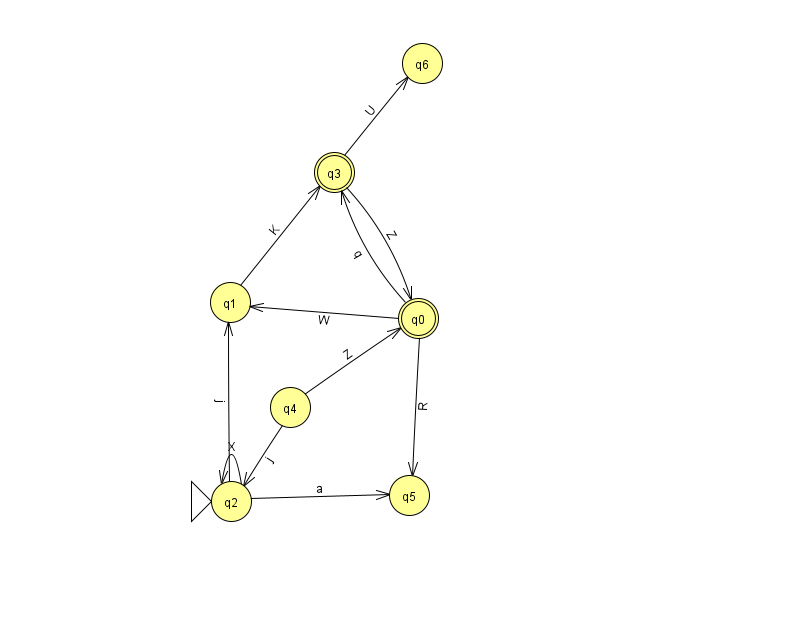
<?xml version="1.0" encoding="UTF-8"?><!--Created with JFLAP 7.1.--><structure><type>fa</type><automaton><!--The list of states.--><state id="0" name="q0"><x>418.0</x><y>305.0</y><final/></state><state id="1" name="q1"><x>230.0</x><y>289.0</y></state><state id="2" name="q2"><x>231.0</x><y>488.0</y><initial/></state><state id="3" name="q3"><x>334.0</x><y>159.0</y><final/></state><state id="4" name="q4"><x>290.0</x><y>394.0</y></state><state id="5" name="q5"><x>409.0</x><y>482.0</y></state><state id="6" name="q6"><x>422.0</x><y>50.0</y></state><!--The list of transitions.--><transition><from>0</from><to>5</to><read>R</read></transition><transition><from>3</from><to>0</to><read>Z</read></transition><transition><from>4</from><to>2</to><read>j</read></transition><transition><from>0</from><to>1</to><read>W</read></transition><transition><from>2</from><to>2</to><read>X</read></transition><transition><from>3</from><to>6</to><read>U</read></transition><transition><from>2</from><to>5</to><read>a</read></transition><transition><from>1</from><to>3</to><read>K</read></transition><transition><from>4</from><to>0</to><read>Z</read></transition><transition><from>0</from><to>3</to><read>q</read></transition><transition><from>2</from><to>1</to><read>j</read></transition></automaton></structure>